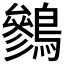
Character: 𪅩